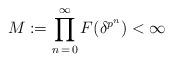
LaTeX: \begin{align*}M:=\prod_{n\,=\,0}^\infty F(\delta^{p^n})<\infty\end{align*}